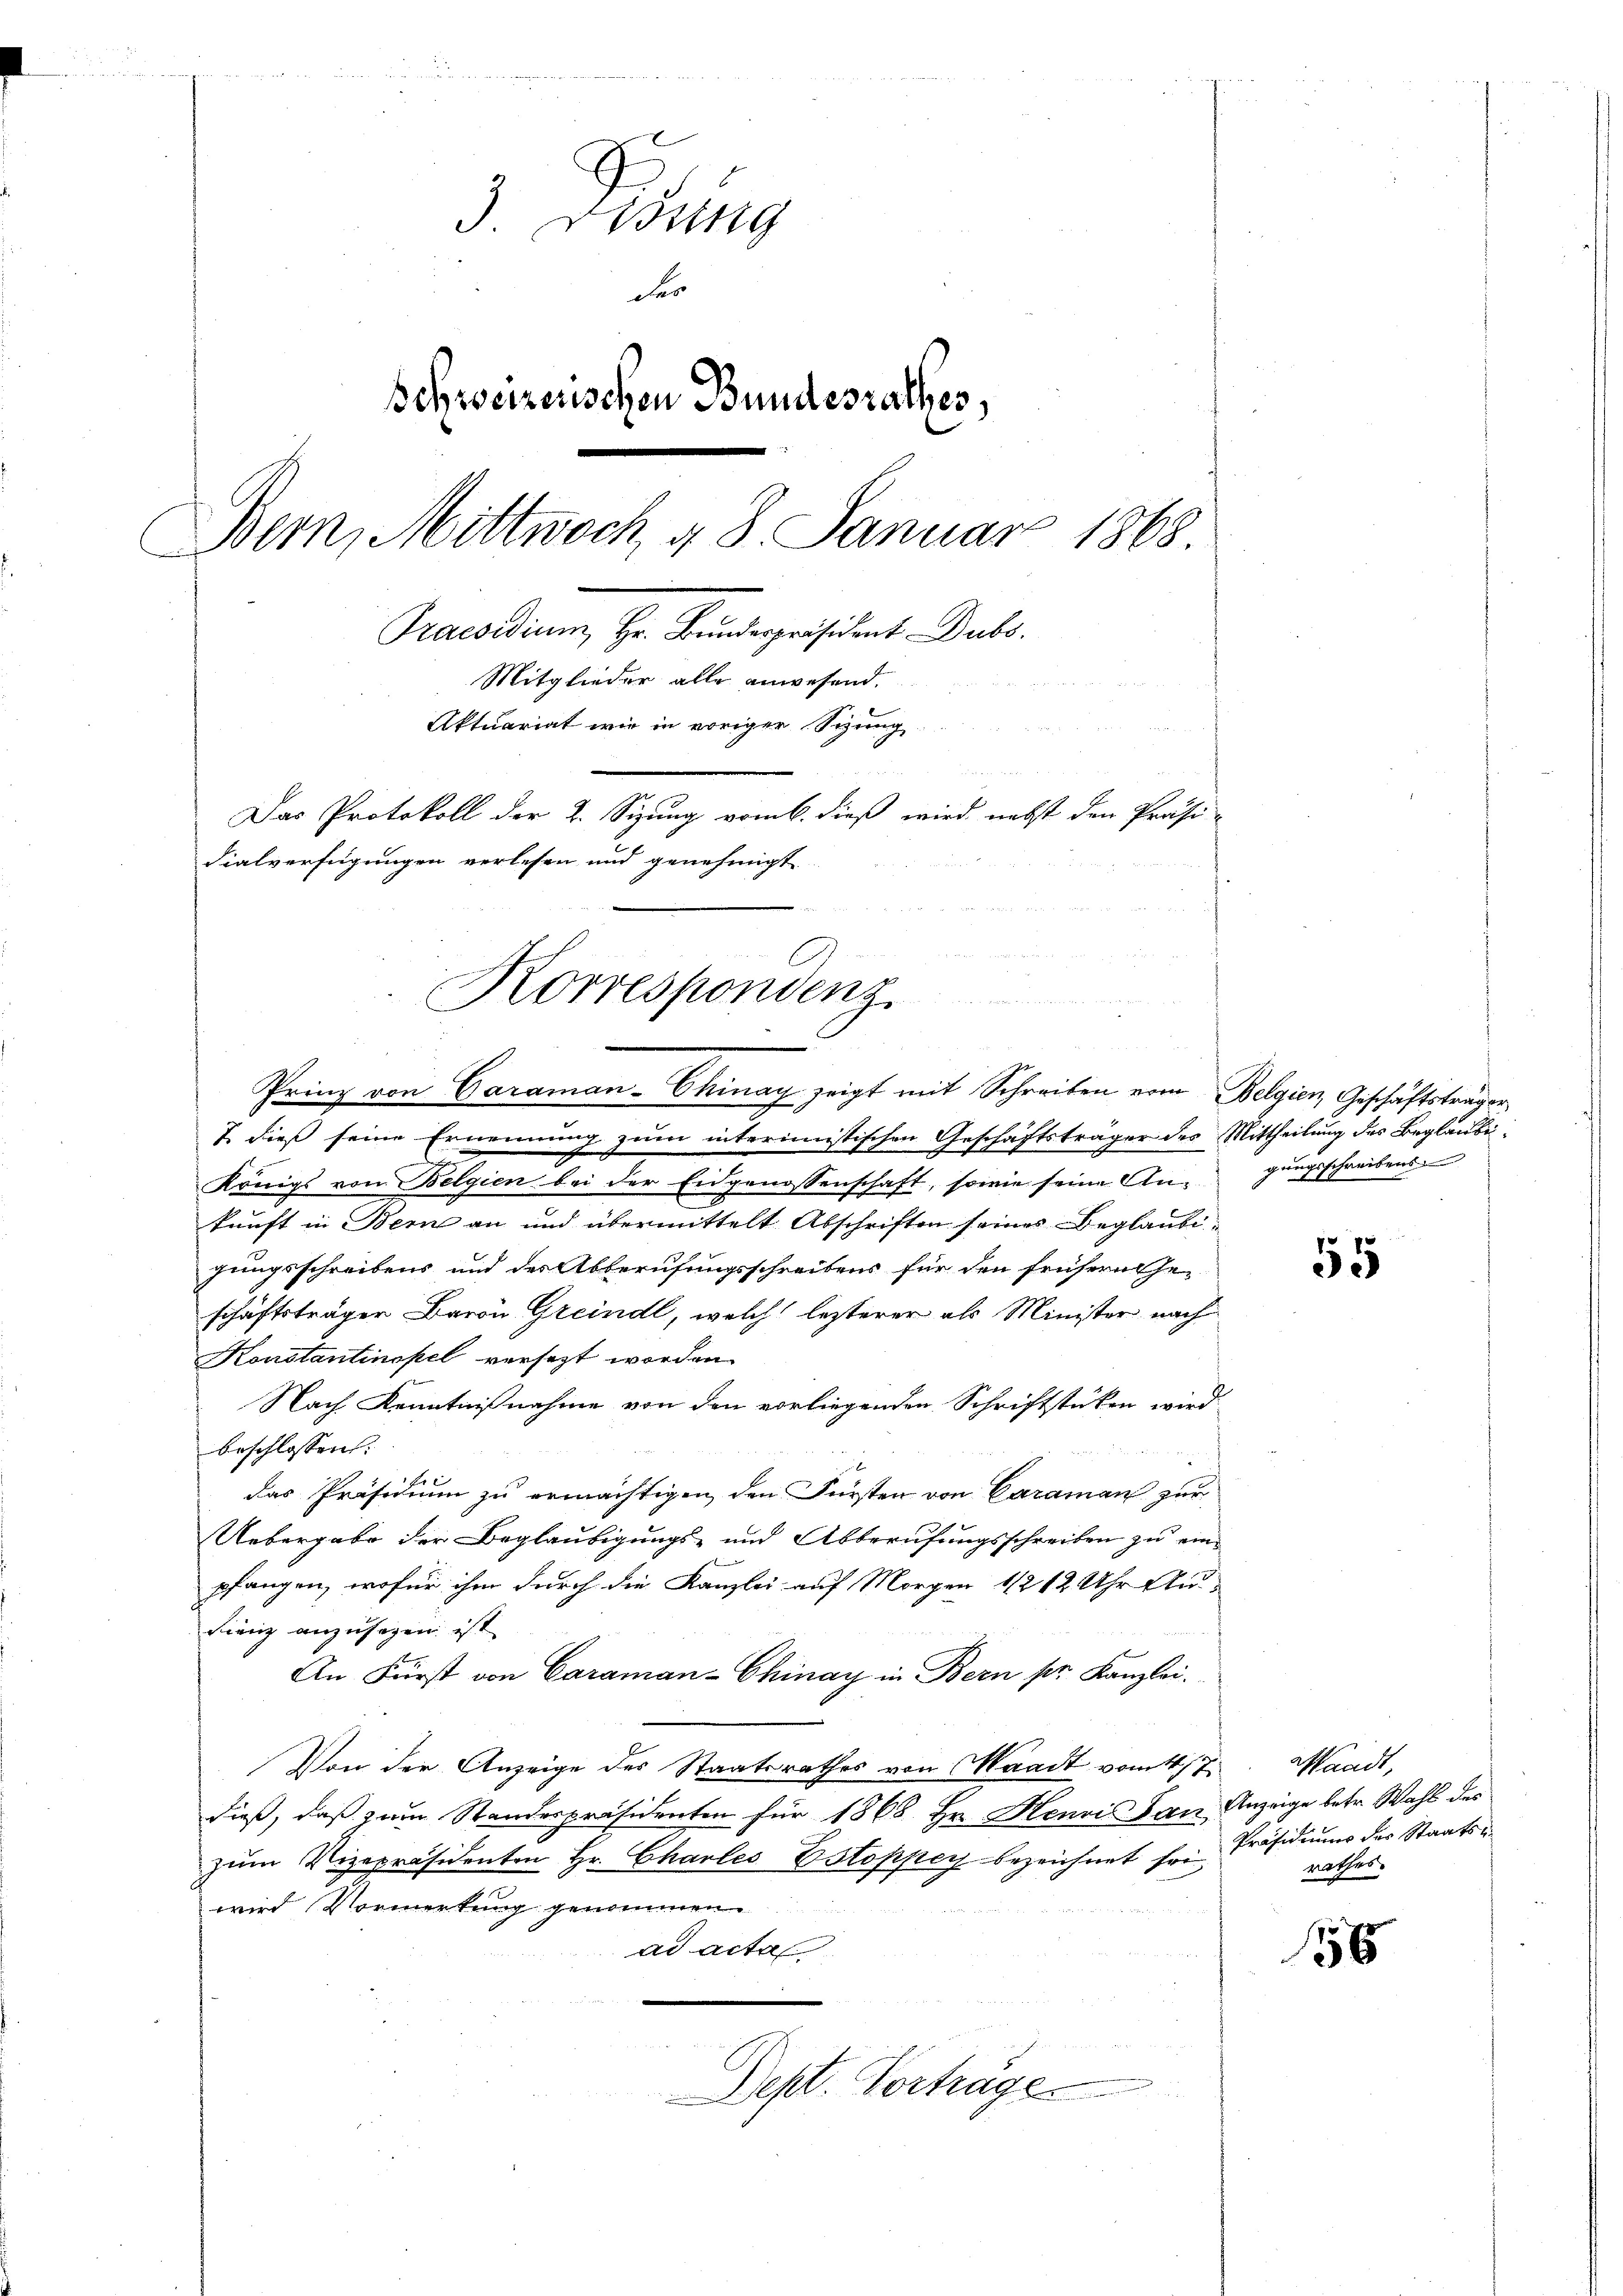
J. Bösig
des
Schweizerischen Bundesrathes,
Bern, Mittwoch 4 8. Januar 1868.
Praesidium, Hr. Bundepräsident Dubs.
Mitglieder alle anwesend.
Aktuariat wir in voriger Sitzung
Das Protokoll der 2. Sizung vom 6. dieß wird nebst den Präsi-
dialverfügungen verlesen und genehmigt

A
Korrespondenz
Prinz von Garaman-Chinay zeigt mit Schreiben vom Belgien, Geschäftsträger

J. dieß seine Ernennung zum interimistischen
Königs von Belgien bei der Eidgenossenschaft, sowie seine An-
kunft in Bern an und übermittelt Abschriften seines Beglaubigungsschreibens und des Abberufungsschreibens für den frühern hei
schäftsträger Baron Greindl, welch lezterer als Minister nach
Konstantinopel versezt worden.
Nach Kenntnißnahme von den vorliegenden Schriftstücken wird
beschlossen: |
das Präsidium zu ermächtigen, den Fürsten von Caraman zur
Uebergabe der Beglaubigungs- und Abberufungsschreiben zu einpfangen, wofür ihm durch die Kanzlei auf Morgen 1/2 12 Uhr Au-
Fienz anzusagen ist
An Fürst von Caraman-Chinay in Bern pr. Kanzlei.
Von der Anzeige des Staatsrathes von Waadt vom 4/7
dieß, daß zum Standespräsidenten für 1868 Hr. Henri an Anzeige betr. Wahl des
zŭm Vizepräsidenten Hr. Charles Estoppey bezeichnet sei Präsidiums der Staatswird Vormerkung genommen.
ad acta

Dept. Vorträge

Geschäftsträger des Mittheilung des Beglaubigungsschreibens

55

sandt,
rathes

156